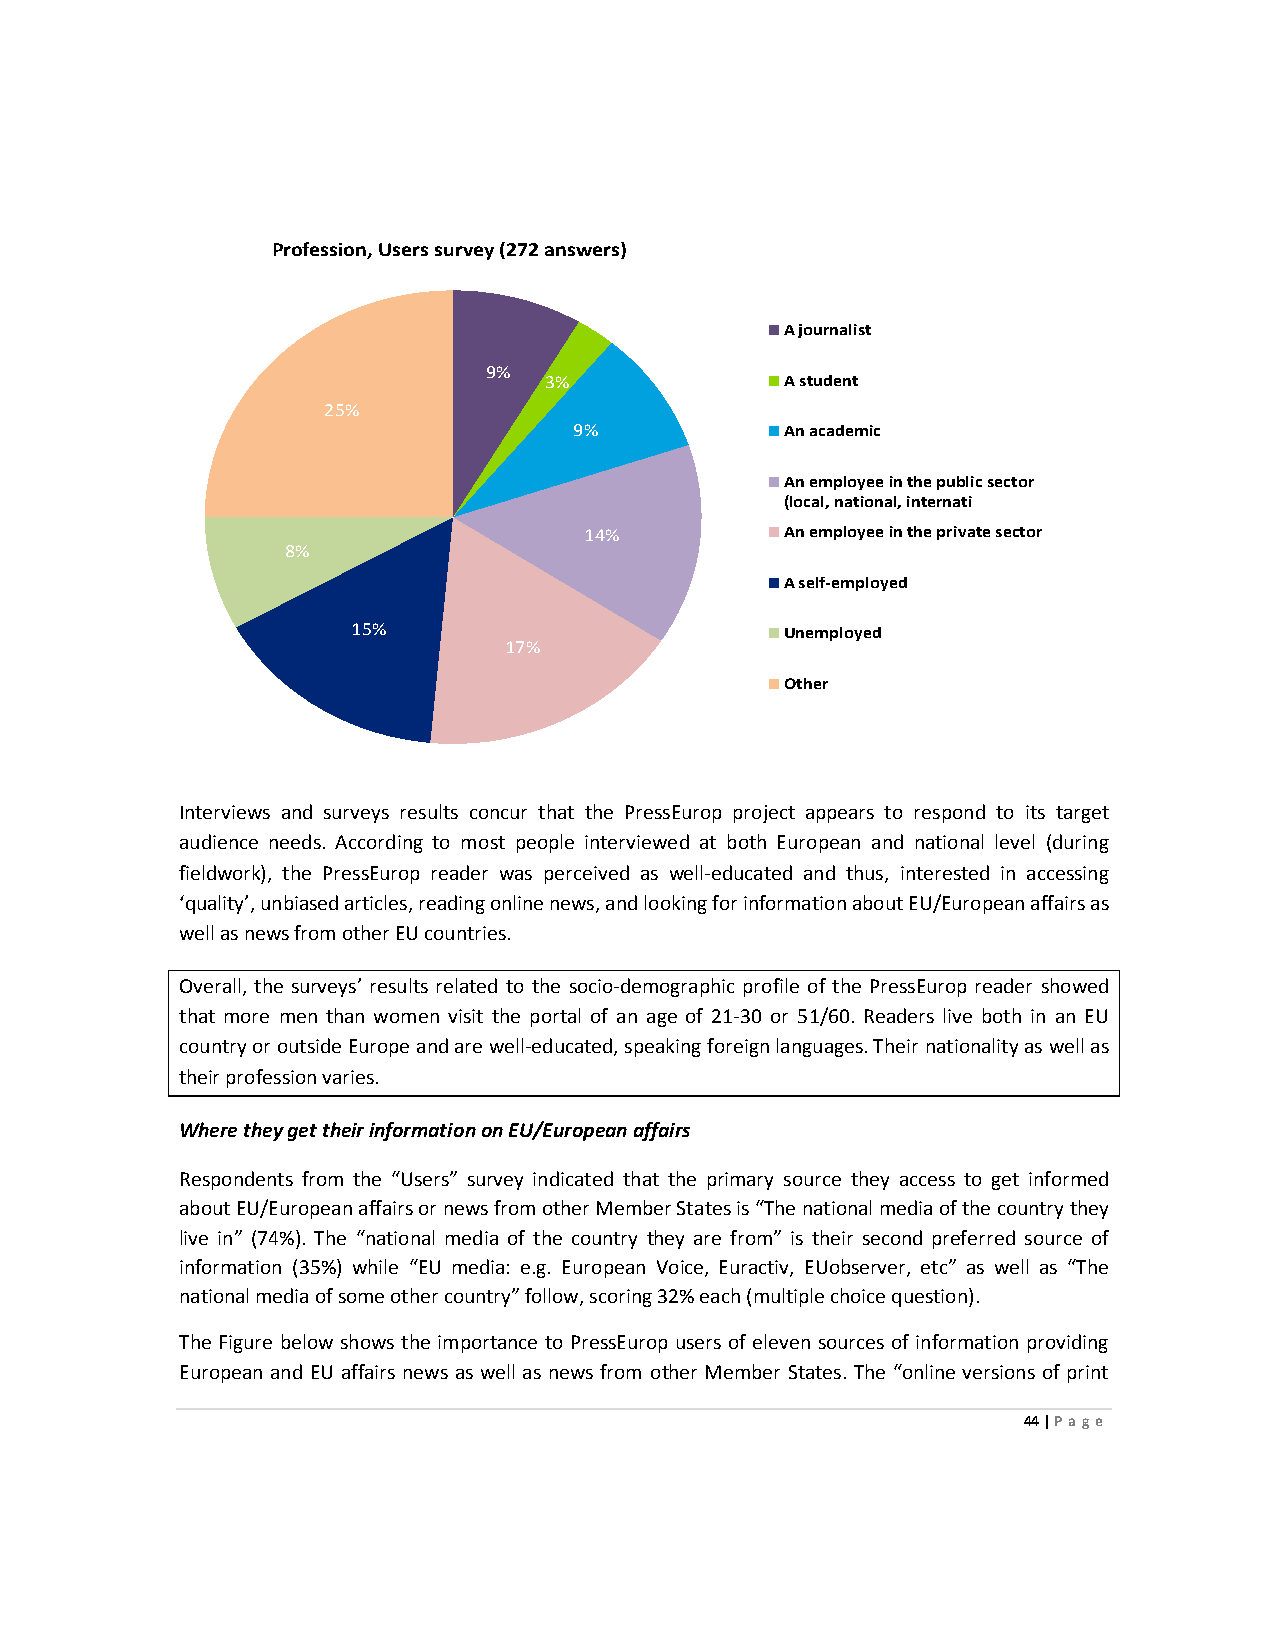
Profession, Users survey (272 answers)
 A journalist
 9%
 3%              A student
 25%
 9%            An academic
 An employee in the public sector
 (local, national, internati
 14%          An employee in the private sector
 8%
 A self-employed
 15%                          Unemployed
 17%
 Other
 Interviews and surveys results concur that the PressEurop project appears to respond to its target
 audience needs. According to most people interviewed at both European and national level (during
 fieldwork), the PressEurop reader was perceived as well-educated and thus, interested in accessing
 ‘quality’, unbiased articles, reading online news, and looking for information about EU/European affairs as
 well as news from other EU countries.
 Overall, the surveys’ results related to the socio-demographic profile of the PressEurop reader showed
 that more men than women visit the portal of an age of 21-30 or 51/60. Readers live both in an EU
 country or outside Europe and are well-educated, speaking foreign languages. Their nationality as well as
 their profession varies.
 Where they get their information on EU/European affairs
 Respondents from the “Users” survey indicated that the primary source they access to get informed
 about EU/European affairs or news from other Member States is “The national media of the country they
 live in” (74%). The “national media of the country they are from” is their second preferred source of
 information (35%) while “EU media: e.g. European Voice, Euractiv, EUobserver, etc” as well as “The
 national media of some other country” follow, scoring 32% each (multiple choice question).
 The Figure below shows the importance to PressEurop users of eleven sources of information providing
 European and EU affairs news as well as news from other Member States. The “online versions of print
 44 | Page